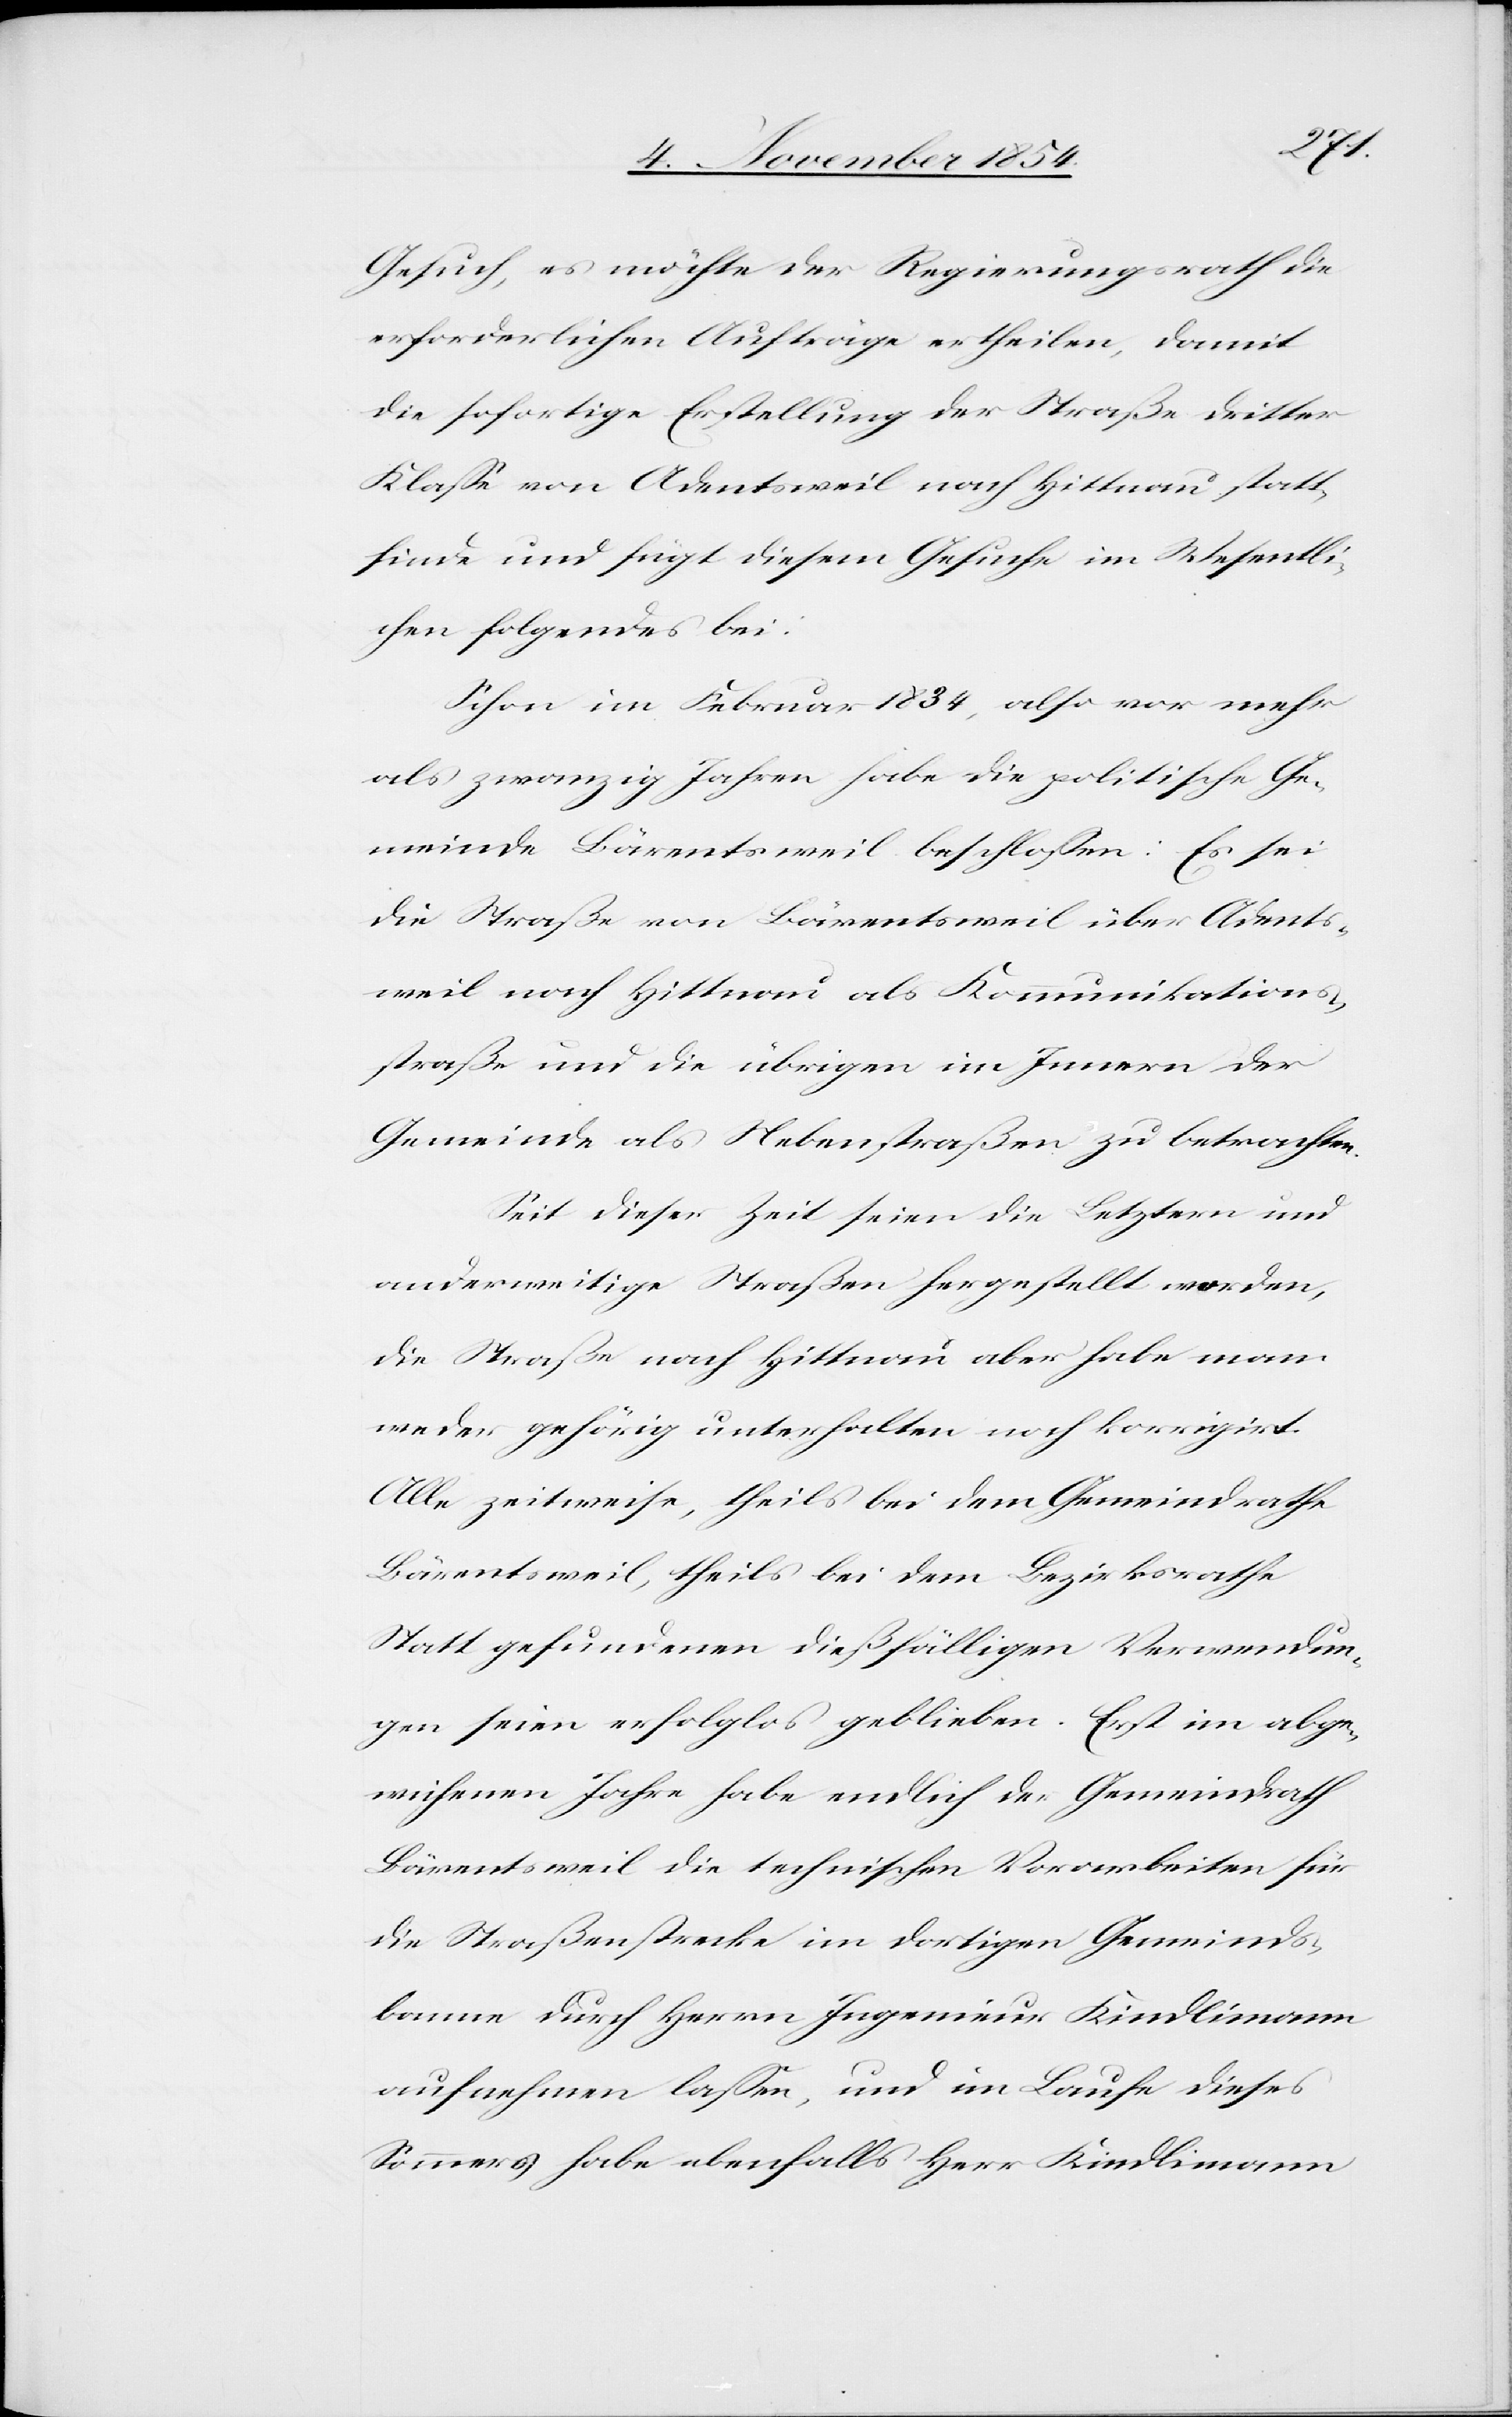
Gesuch, es möchte der Regierungsrath die
erforderlichen Aufträge ertheilen, damit
die sofortige Erstellung der Straße dritter
Klaße von Adentsweil nach Hittnau statt¬
finde und fügt diesem Gesuche im Wesentli¬
chen folgendes bei:
Schon im Februar 1834, also vor mehr
als zwanzig Jahren habe die politische Ge¬
meinde Bärentsweil beschloßen: Es sei
die Straße von Bärentsweil über Adents¬
weil nach Hittnau als Kommunikations¬
straße und die übrigen im Innern der
Gemeinde als Nebenstraßen zu betrachten.
Seit dieser Zeit seien die Letztern und
anderweitige Straßen hergestellt worden,
die Straße nach Hittnau aber habe man
weder gehörig unterhalten noch korrigirt.
Alle zeitweise, theils bei dem Gemeindrathe
Bärentsweil, theils bei dem Bezirksrathe
Statt gefundenen dießfälligen Verwendun¬
gen seien erfolglos geblieben. Erst im abge¬
wichenen Jahre habe endlich der Gemeindrath
Bärentsweil die technischen Vorarbeiten für
die Straßenstrecke im dortigen Gemeinds¬
banne durch Herrn Ingenieur Kindlimann
aufnehmen laßen, und im Laufe dieses
Sommers habe ebenfalls Herr Kindlimann